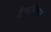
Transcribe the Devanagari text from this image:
द्वैभाषिकात